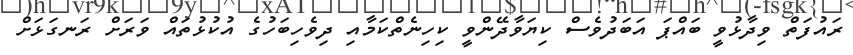
ރައުފަތް ވިދާޅުވީ ބައްޕަ އަބަދުވެސް ކިޔަވާދޭންވީ ކިހިނެތްކަމާއި ދިވެހިބަހުގެ އުކުޅުތައްް ވަރަށް ރަނގަޅަށް